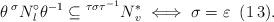
LaTeX: \begin{align*} \theta \prescript{\sigma}{}N_l^\circ \theta^{-1} \subseteq \prescript{\tau \sigma \tau^{-1}}{}N_v^\ast \iff \sigma=\varepsilon \;\; (1\,3).\end{align*}